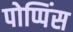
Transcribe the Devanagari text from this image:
पोप्पिंस